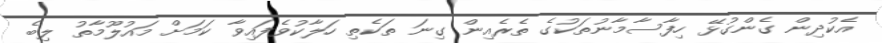
އެކުދިން ގެންގުޅޭ ހިފާސާމާނުތަކުގެ ތެރެއިން ގިނަ ތަކެތި ހަލާކުވެފައިވާ ކަމަށް މައުލޫމާތު ލިބެ